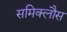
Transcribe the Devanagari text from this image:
समिक्लौस